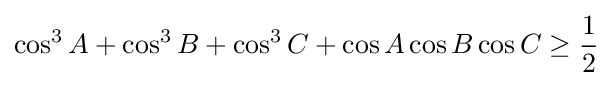
\cos ^{3}A+\cos ^{3}B+\cos ^{3}C+\cos A\cos B\cos C\geq {\frac {1}{2}}